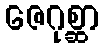
ဇေဂုစ္ဆာ